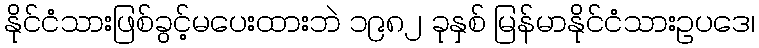
နိုင်ငံသားဖြစ်ခွင့်မပေးထားဘဲ ၁၉၈၂ ခုနှစ် မြန်မာနိုင်ငံသားဥပဒေ၊